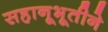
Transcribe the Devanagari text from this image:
सहानूभूतीने